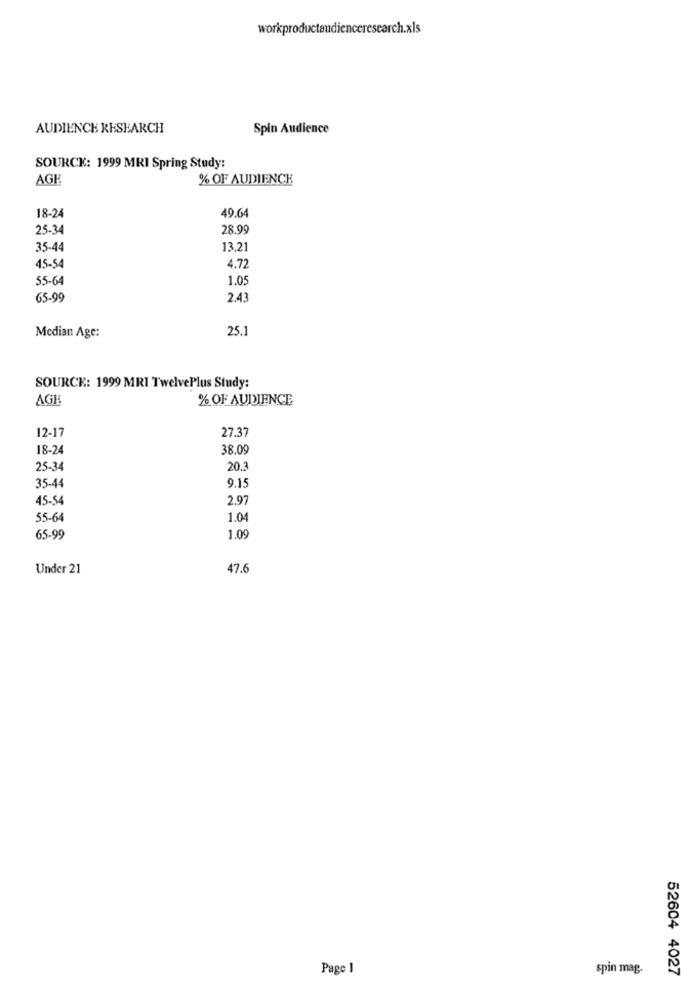
workproductaudienceresearch.xls
AUDIENCE RESEARCH
Spin Audience
SOURCE: 1999 MRI Spring Study:
AGE
% OF AUDIENCE
49.64
18-24
25-34
28.99
35-44
13,21
45-54
4.72
55-64
1.05
65-99
2.43
25.1
Median Age:
SOURCE: 1999 MRI TwelvePlus Study:
AGH
% OF AUDIENCE
12-17
27.37
18-24
38.09
25-34
20.3
9.15
35-44
45-54
2.97
55-64
1.04
65-99
1.09
Under 21
47.6
Page 1
spin mag.
52604 4027